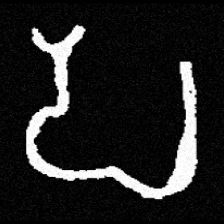
Pyu character \u2014 Myanmar letter: ပ (romanized: pa)